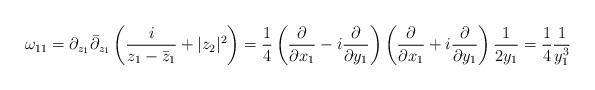
LaTeX: \begin{align*}\omega_{1 1} = \partial_{z_1} \bar \partial_{z_1} \left( \frac{i}{z_1 - \bar z_1} + \vert z_2 \vert^2 \right) = \frac{1}{4} \left( \frac{\partial}{\partial x_1} - i \frac{\partial}{\partial y_1} \right) \left( \frac{\partial}{\partial x_1} + i \frac{\partial}{\partial y_1} \right) \frac{1}{2 y_1} = \frac{1}{4} \frac{1}{y_1^3}\end{align*}